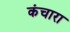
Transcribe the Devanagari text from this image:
कंचारा